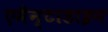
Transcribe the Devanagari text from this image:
एमैन्टाडाइन